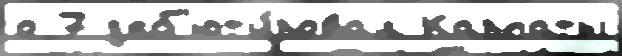
о 7 д'еб'ют'и́ровал Карпаты